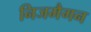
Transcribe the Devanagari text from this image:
निजमैगन